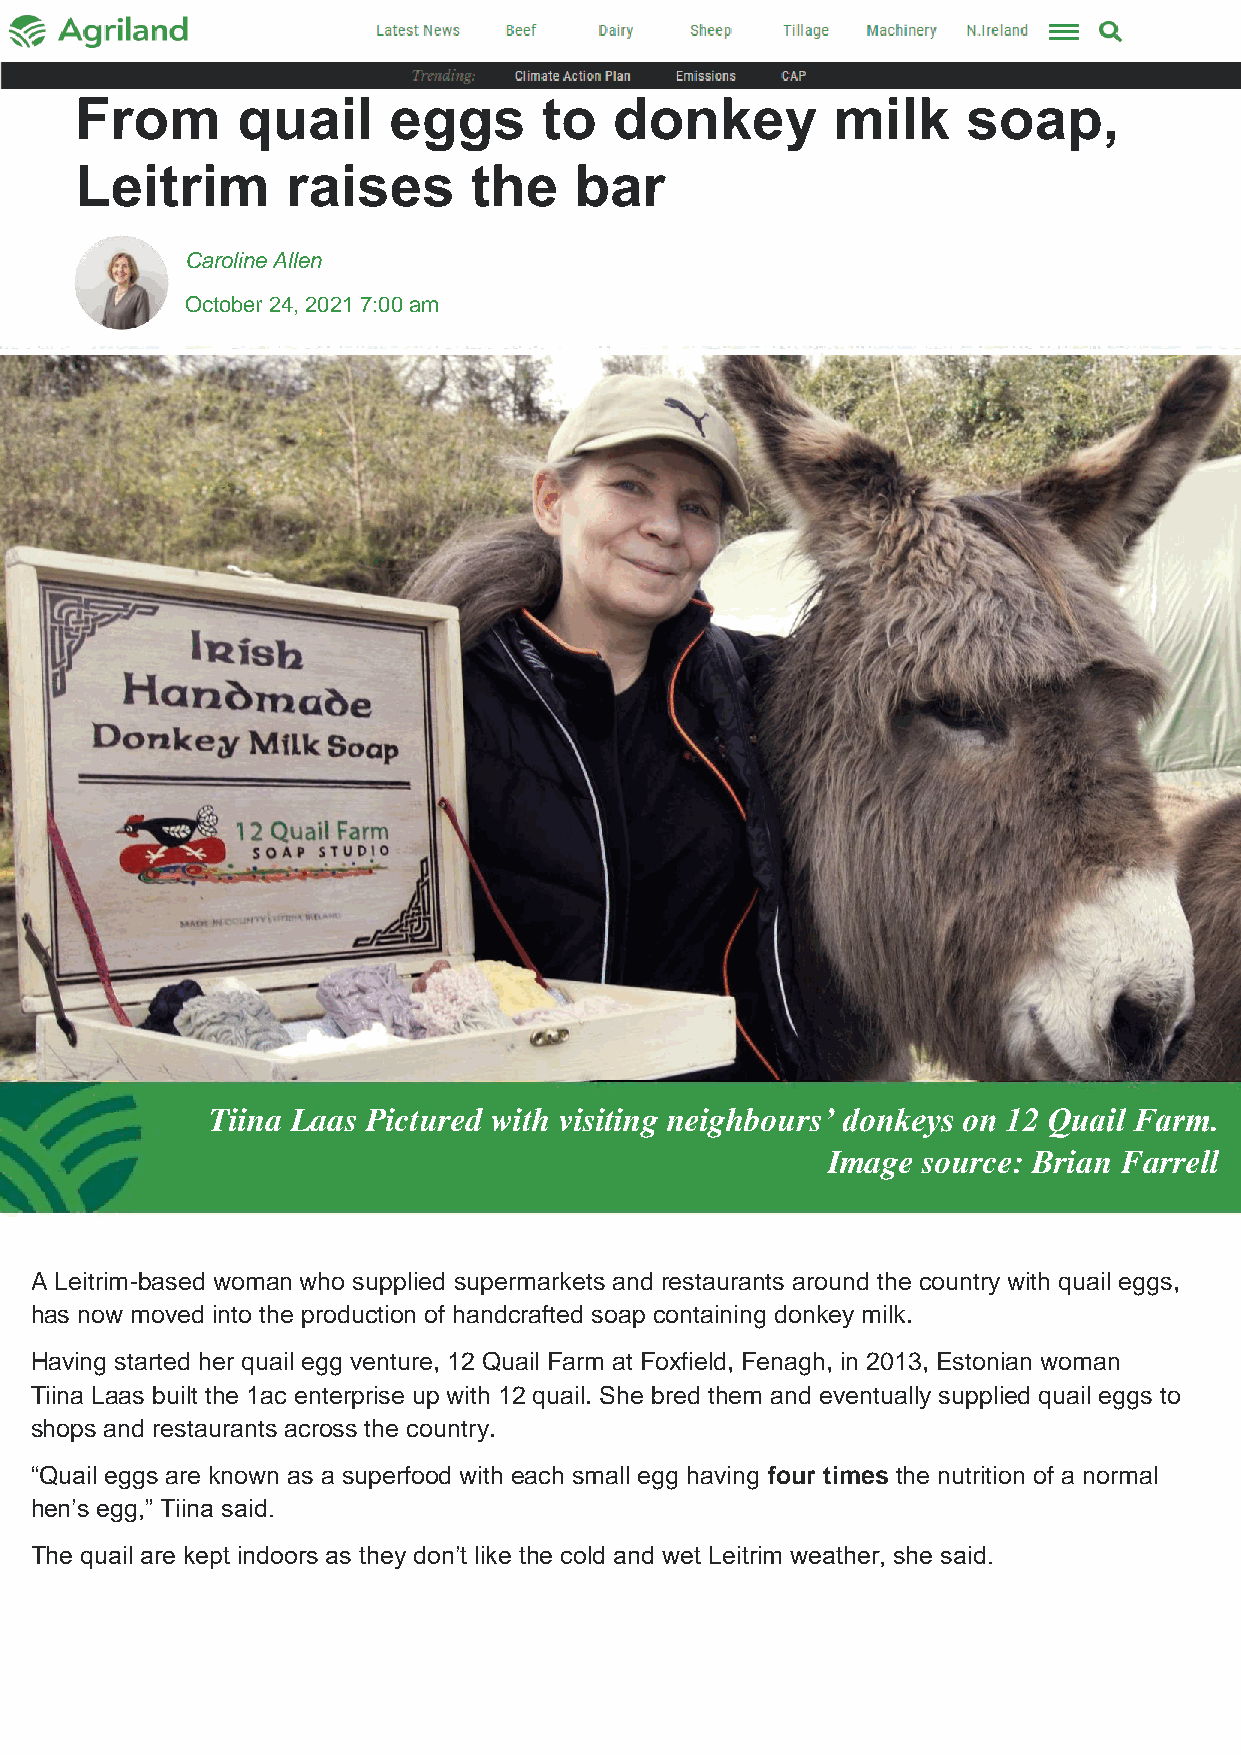
From       quail     eggs      to   donkey        milk     soap,
 Leitrim       raises      the    bar
 Caroline Allen
 October 24, 2021 7:00 am
 Tiina Laas Pictured with visiting neighbours’ donkeys on 12 Quail Farm.
 Image source: Brian Farrell
 A Leitrim-based woman who supplied supermarkets and restaurants around the country with quail eggs,
 has now moved into the production of handcrafted soap containing donkey milk.
 Having started her quail egg venture, 12 Quail Farm at Foxfield, Fenagh, in 2013, Estonian woman
 Tiina Laas built the 1ac enterprise up with 12 quail. She bred them and eventually supplied quail eggs to
 shops and restaurants across the country.
 “Quail eggs are known as a superfood with each small egg having four times the nutrition of a normal
 hen’s egg,” Tiina said.
 The quail are kept indoors as they don’t like the cold and wet Leitrim weather, she said.